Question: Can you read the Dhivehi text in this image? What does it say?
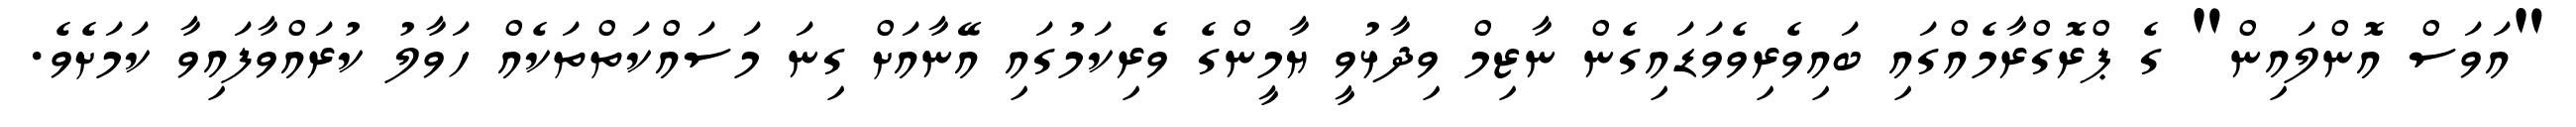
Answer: "އަވަސް އޮންލައިން" ގެ ޕްރޮގްރާމެއްގައި ބައިވެރިވެވަޑައިގެން ނާޒިމް ވިދާޅުވީ ޔާމީންގެ ވެރިކަމުގައި އޭނާއަށް ގިނަ މަސައްކަތްތަކެއް ހަވާލު ކުރައްވާފައިވާ ކަމަށެވެ.